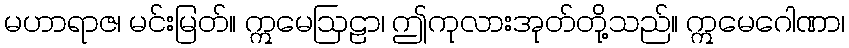
မဟာရာဇ၊ မင်းမြတ်။ ဣမေဩဠာ၊ ဤကုလားအုတ်တို့သည်။ ဣမေဂေါဏာ၊